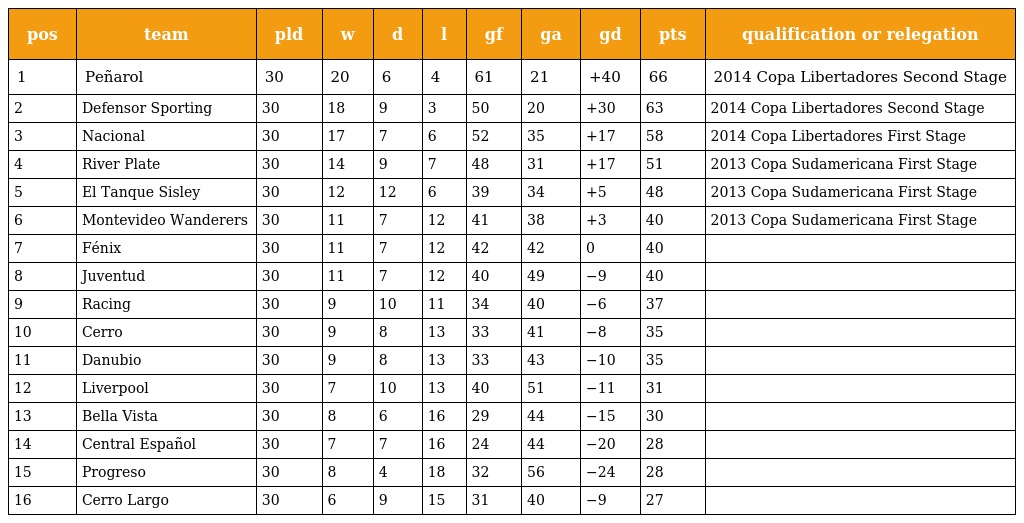
| pos | team | pld | w | d | l | gf | ga | gd | pts | qualification or relegation |
 | --- | --- | --- | --- | --- | --- | --- | --- | --- | --- | --- |
 | 1 | Peñarol | 30 | 20 | 6 | 4 | 61 | 21 | +40 | 66 | 2014 Copa Libertadores Second Stage |
 | 2 | Defensor Sporting | 30 | 18 | 9 | 3 | 50 | 20 | +30 | 63 | 2014 Copa Libertadores Second Stage |
 | 3 | Nacional | 30 | 17 | 7 | 6 | 52 | 35 | +17 | 58 | 2014 Copa Libertadores First Stage |
 | 4 | River Plate | 30 | 14 | 9 | 7 | 48 | 31 | +17 | 51 | 2013 Copa Sudamericana First Stage |
 | 5 | El Tanque Sisley | 30 | 12 | 12 | 6 | 39 | 34 | +5 | 48 | 2013 Copa Sudamericana First Stage |
 | 6 | Montevideo Wanderers | 30 | 11 | 7 | 12 | 41 | 38 | +3 | 40 | 2013 Copa Sudamericana First Stage |
 | 7 | Fénix | 30 | 11 | 7 | 12 | 42 | 42 | 0 | 40 |  |
 | 8 | Juventud | 30 | 11 | 7 | 12 | 40 | 49 | −9 | 40 |  |
 | 9 | Racing | 30 | 9 | 10 | 11 | 34 | 40 | −6 | 37 |  |
 | 10 | Cerro | 30 | 9 | 8 | 13 | 33 | 41 | −8 | 35 |  |
 | 11 | Danubio | 30 | 9 | 8 | 13 | 33 | 43 | −10 | 35 |  |
 | 12 | Liverpool | 30 | 7 | 10 | 13 | 40 | 51 | −11 | 31 |  |
 | 13 | Bella Vista | 30 | 8 | 6 | 16 | 29 | 44 | −15 | 30 |  |
 | 14 | Central Español | 30 | 7 | 7 | 16 | 24 | 44 | −20 | 28 |  |
 | 15 | Progreso | 30 | 8 | 4 | 18 | 32 | 56 | −24 | 28 |  |
 | 16 | Cerro Largo | 30 | 6 | 9 | 15 | 31 | 40 | −9 | 27 |  |